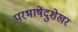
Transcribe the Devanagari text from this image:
परभाषेंदुशेखर